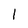
Character: 1